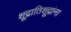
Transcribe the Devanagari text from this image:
शूद्रातिशूद्रांना